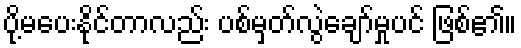
ပို့မပေးနိုင်တာလည်း ပစ်မှတ်လွဲချော်မှုပင် ဖြစ်၏။